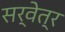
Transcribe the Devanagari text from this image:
सर्वेत्र